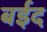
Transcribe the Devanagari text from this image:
बईद